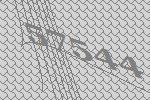
57544